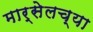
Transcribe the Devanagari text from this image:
मार्सेलच्या